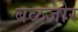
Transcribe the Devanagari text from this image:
बळजोर